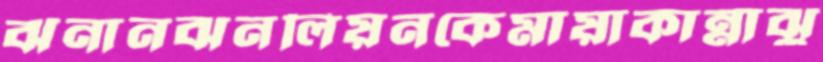
ঝনানঝনলিয়নকেমায়াকান্নাঝু